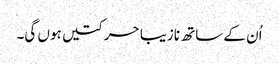
اُن کے ساتھ نازیبا حرکتیں ہوں گی۔